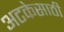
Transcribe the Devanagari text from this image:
अटकेसाठी